Tezpur Lunatic Asylum reports 1895-1904 - 1895-1904
Year: 1895
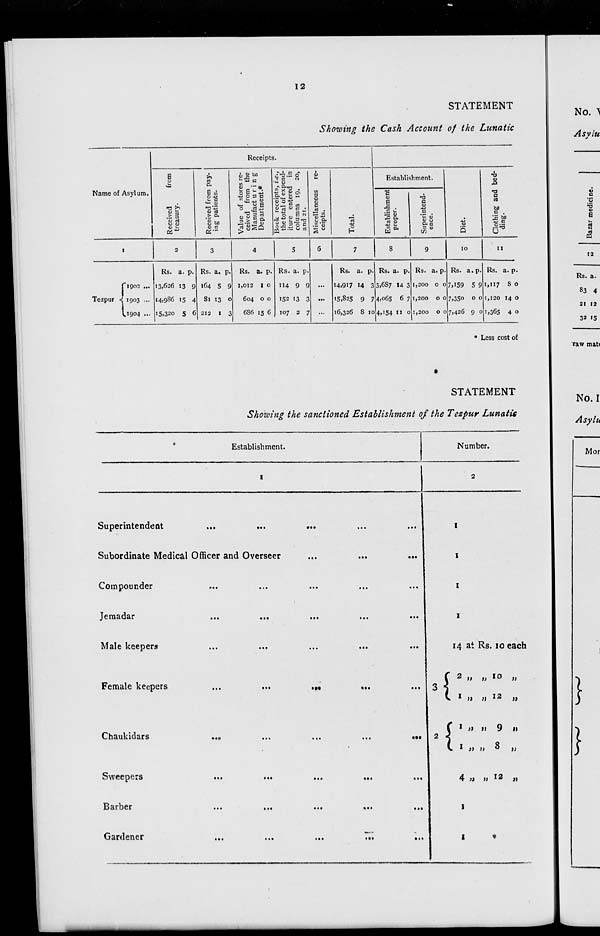
12
Name of Asylum,
•a >i
g £
.C t/i
o rt
u o
0S~
STATEMENT
Showing the Cash Account of the Lunatic
Receipts.
t,
Pi
o>
E tn
o a
<u
T3
U rt
> a
<u
u bfl
<u c
Ci
O
3 >
J8
3 a
§ B
•fit;
2 ««
c a.
sB Si «
<u o ■"
°— P ffl
i
t/>
3
O
u
a
rt
Ul
o a.
<u
U
«3
o
H
Establishment.
q
V
•73
E
C
-c .
u
.2 >-
B
SS o
43 Oi
rt O
4) 8
."2 Cu
3 <u
U
in
to
S
•a
a>
JB
na
B
rt
bfl
= .
IS 5?
G^3
10
II
Rs. a. p
13,626 13 9
14,986 15 4
15,320 5 6
Rs. a. p.
164 5 9
81 13 o
212 1 3
Rs. a. p.
1,012 1 o
604 o o
686 15 6
Rs. a. p.
114 9 9
152 13 3 ...
107 2 7 ...
Rs. a. p.
14,917 14 3
15,825 9 7
16,326 8 10
Rs. a. p.
3.6S7 14 3
4:065 67
4," 54 ll 0
Rs. a. p.
1,200 0 0
1,200 0 0
1,200 0 0
Rs. a.p
7,159 5 9
7,35o o o
7,426 9 o
Rs. a. p.
1,117 8 o
1,120 14 o
1,365 4 o
v c
;c
0,
E
12
* Less cost of
STATEMENT
Showing the sanctioned Establishment of the Tezpur Lunatic
Establishment.
Superintendent
...
...
Subordinate Medical Officer and Overseer
Compounder
Jemadar
Male keepers
Female keepers
Chaukidars
Sweepers
Barber
Gardener
tM
...
Number.
••■
14 at Rs. 10 each
f 2 „ „ 10 „
v ' n n *2
j>
C l » » 9 i)
C I )) n 8 ,j
4 » » 12 „
}
}